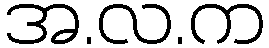
အ.လ.က